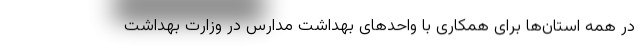
در همه استان‌ها برای همکاری با واحدهای بهداشت مدارس در وزارت بهداشت